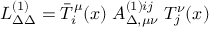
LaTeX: { \cal L } _ { \Delta \Delta } ^ { ( 1 ) } = \bar { T } _ { i } ^ { \mu } ( x ) \; { \cal A } _ { \Delta , \mu \nu } ^ { { ( 1 ) } i j } \; T _ { j } ^ { \nu } ( x )